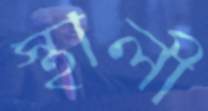
স্থালী